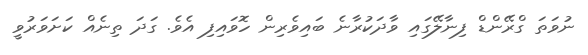
ނުވަތަ ގްރޭންޑް ފިނާލޭގައި ވާދަކުރާނެ ބައިވެރިން ހޮވައިފި އެވެ. ގަދަ ތިނެއް ކަށަވަރުވީ